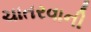
ચાતરવાની